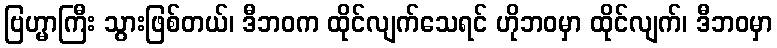
ဗြဟ္မာကြီး သွားဖြစ်တယ်၊ ဒီဘဝက ထိုင်လျက်သေရင် ဟိုဘဝမှာ ထိုင်လျက်၊ ဒီဘဝမှာ